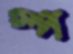
স্প